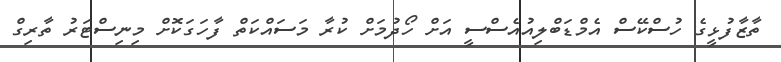
ތާޒާފުޅީގެ ހުސްކޭސް އެމްޑަބްލިއުއެސްސީ އަށް ހޯދުމަށް ކުރާ މަސައްކަތް ފާހަގަކޮށް މިނިސްޓަރު ތާރިގް